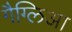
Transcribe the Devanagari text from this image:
गैग्लिआ